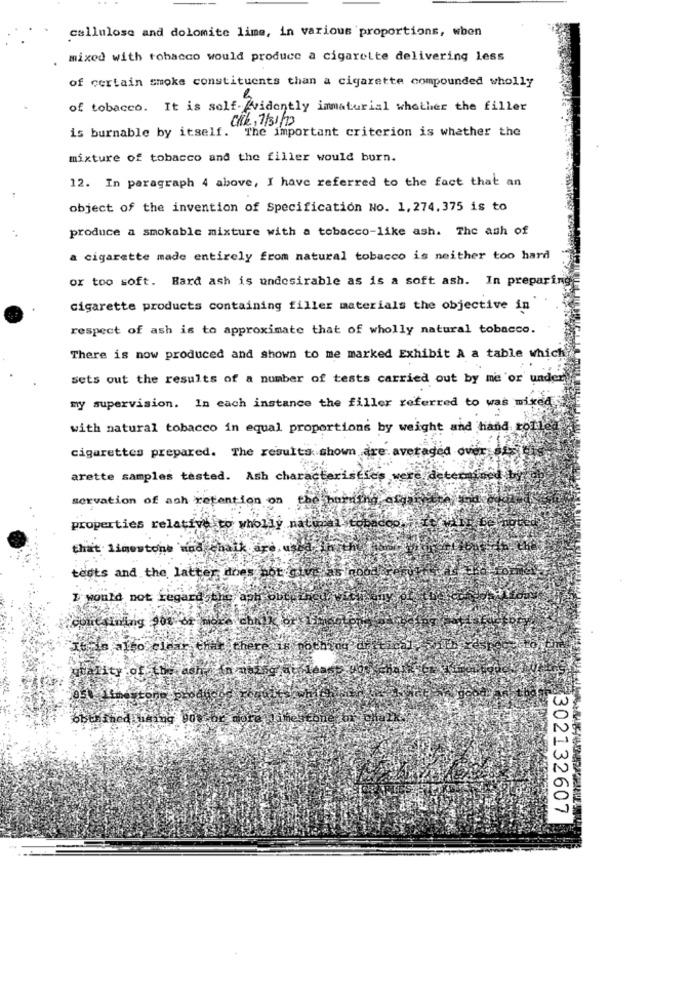
cellulose and dolomite lime, in various proportions, wbon
mixed with tobacco would produce a cigarette delivering less
of certain smoke constituents than a cigarette compounded wholly
of tobacco. It is self-Evidently immaterial whether the filler
CHE, 7/31/13
is burnable by itself. The important criterion is whether the
mixture of tobacco and the filler would burn.
12. In paragraph 4 above, I have referred to the fact that an
object of the invention of Specification No. 1.274.375 is to
produce a smokable mixture with a tobacco-like ash. The ash of
a cigarette made entirely from natural tobacco is neither too hard
or too soft. Hard ash is undesirable as is a soft ash. In preparing
cigarette products containing filler materials the objective in
respect of ash is to approximate that of wholly natural tobacco.
There is now produced and shown to me marked Exhibit A a table which
sets out the results of a number of tests carried out by me or under
my supervision. In each instance the filler referred to was mixed
with natural tobacco in equal proportions by weight and hand, tomie
cigarettes prepared. The results shown are averaged over di
arette samples tested. Ash characteristics were det
servation of ash retention on the hurt
properties relative to wholly natural
that limestone and ghaik are, use
tests and the latter does not give as nodi
I would not regard the aph
chnik of
coutsinding 908 b2
quality of the ashes in ne
obtained using 90 For more
302132607